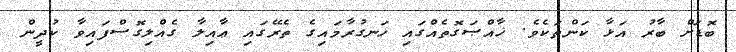
ބޮޑަށް ބާރު އަޅާ ކަންތަކެވެ. ޚާއްޞަގޮތެއްގައި ހަނގުރާމައިގެ ތެރޭގައި ޢާއިލާ ގެއްލިގޮސްފައިވާ ކުދީން